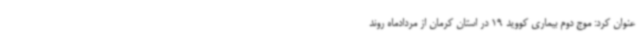
عنوان کرد: موج دوم بیماری کووید 19 در استان کرمان از مردادماه روند